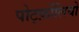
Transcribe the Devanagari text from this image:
पोर्ट्फ़ोलियो